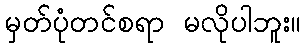
မှတ်ပုံတင်စရာ မလိုပါဘူး။